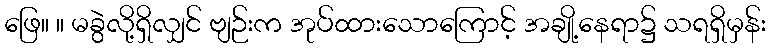
ဖြေ။ ။ မခွဲလို့ရှိလျှင် ဗျဉ်းက အုပ်ထားသောကြောင့် အချို့နေရာ၌ သရရှိမှန်း